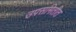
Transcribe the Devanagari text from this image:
उपसमितीत